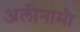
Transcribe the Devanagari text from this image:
अलीनामी